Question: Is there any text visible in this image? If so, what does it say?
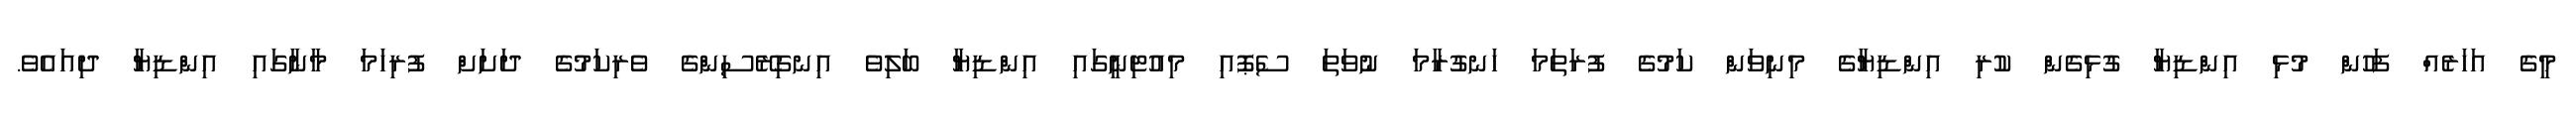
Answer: މީގެ އަހަރެއް ފަހުން މުޅި އިންޑިޔާ ގުޅިގެން ކުރި އިންޑިޔާގެ މިނިވަން ކަމުގެ ފުރަތަމަ ހަނގުރާމަ ނުވަތަ ސެޕޮއި މިއުޓިނީގައި އިންޑިޔާ ބަލިވެ އިނގިރޭސިންގެ ވެރިކަމުގެ ދަށަށް ފުރިހަމަ މާނާގައި އިންޑިޔާ ދިއައެވެ.